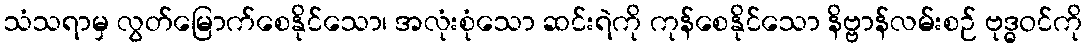
သံသရာမှ လွတ်မြောက်စေနိုင်သော၊ အလုံးစုံသော ဆင်းရဲကို ကုန်စေနိုင်သော နိဗ္ဗာန်လမ်းစဉ် ဗုဒ္ဓဝင်ကို